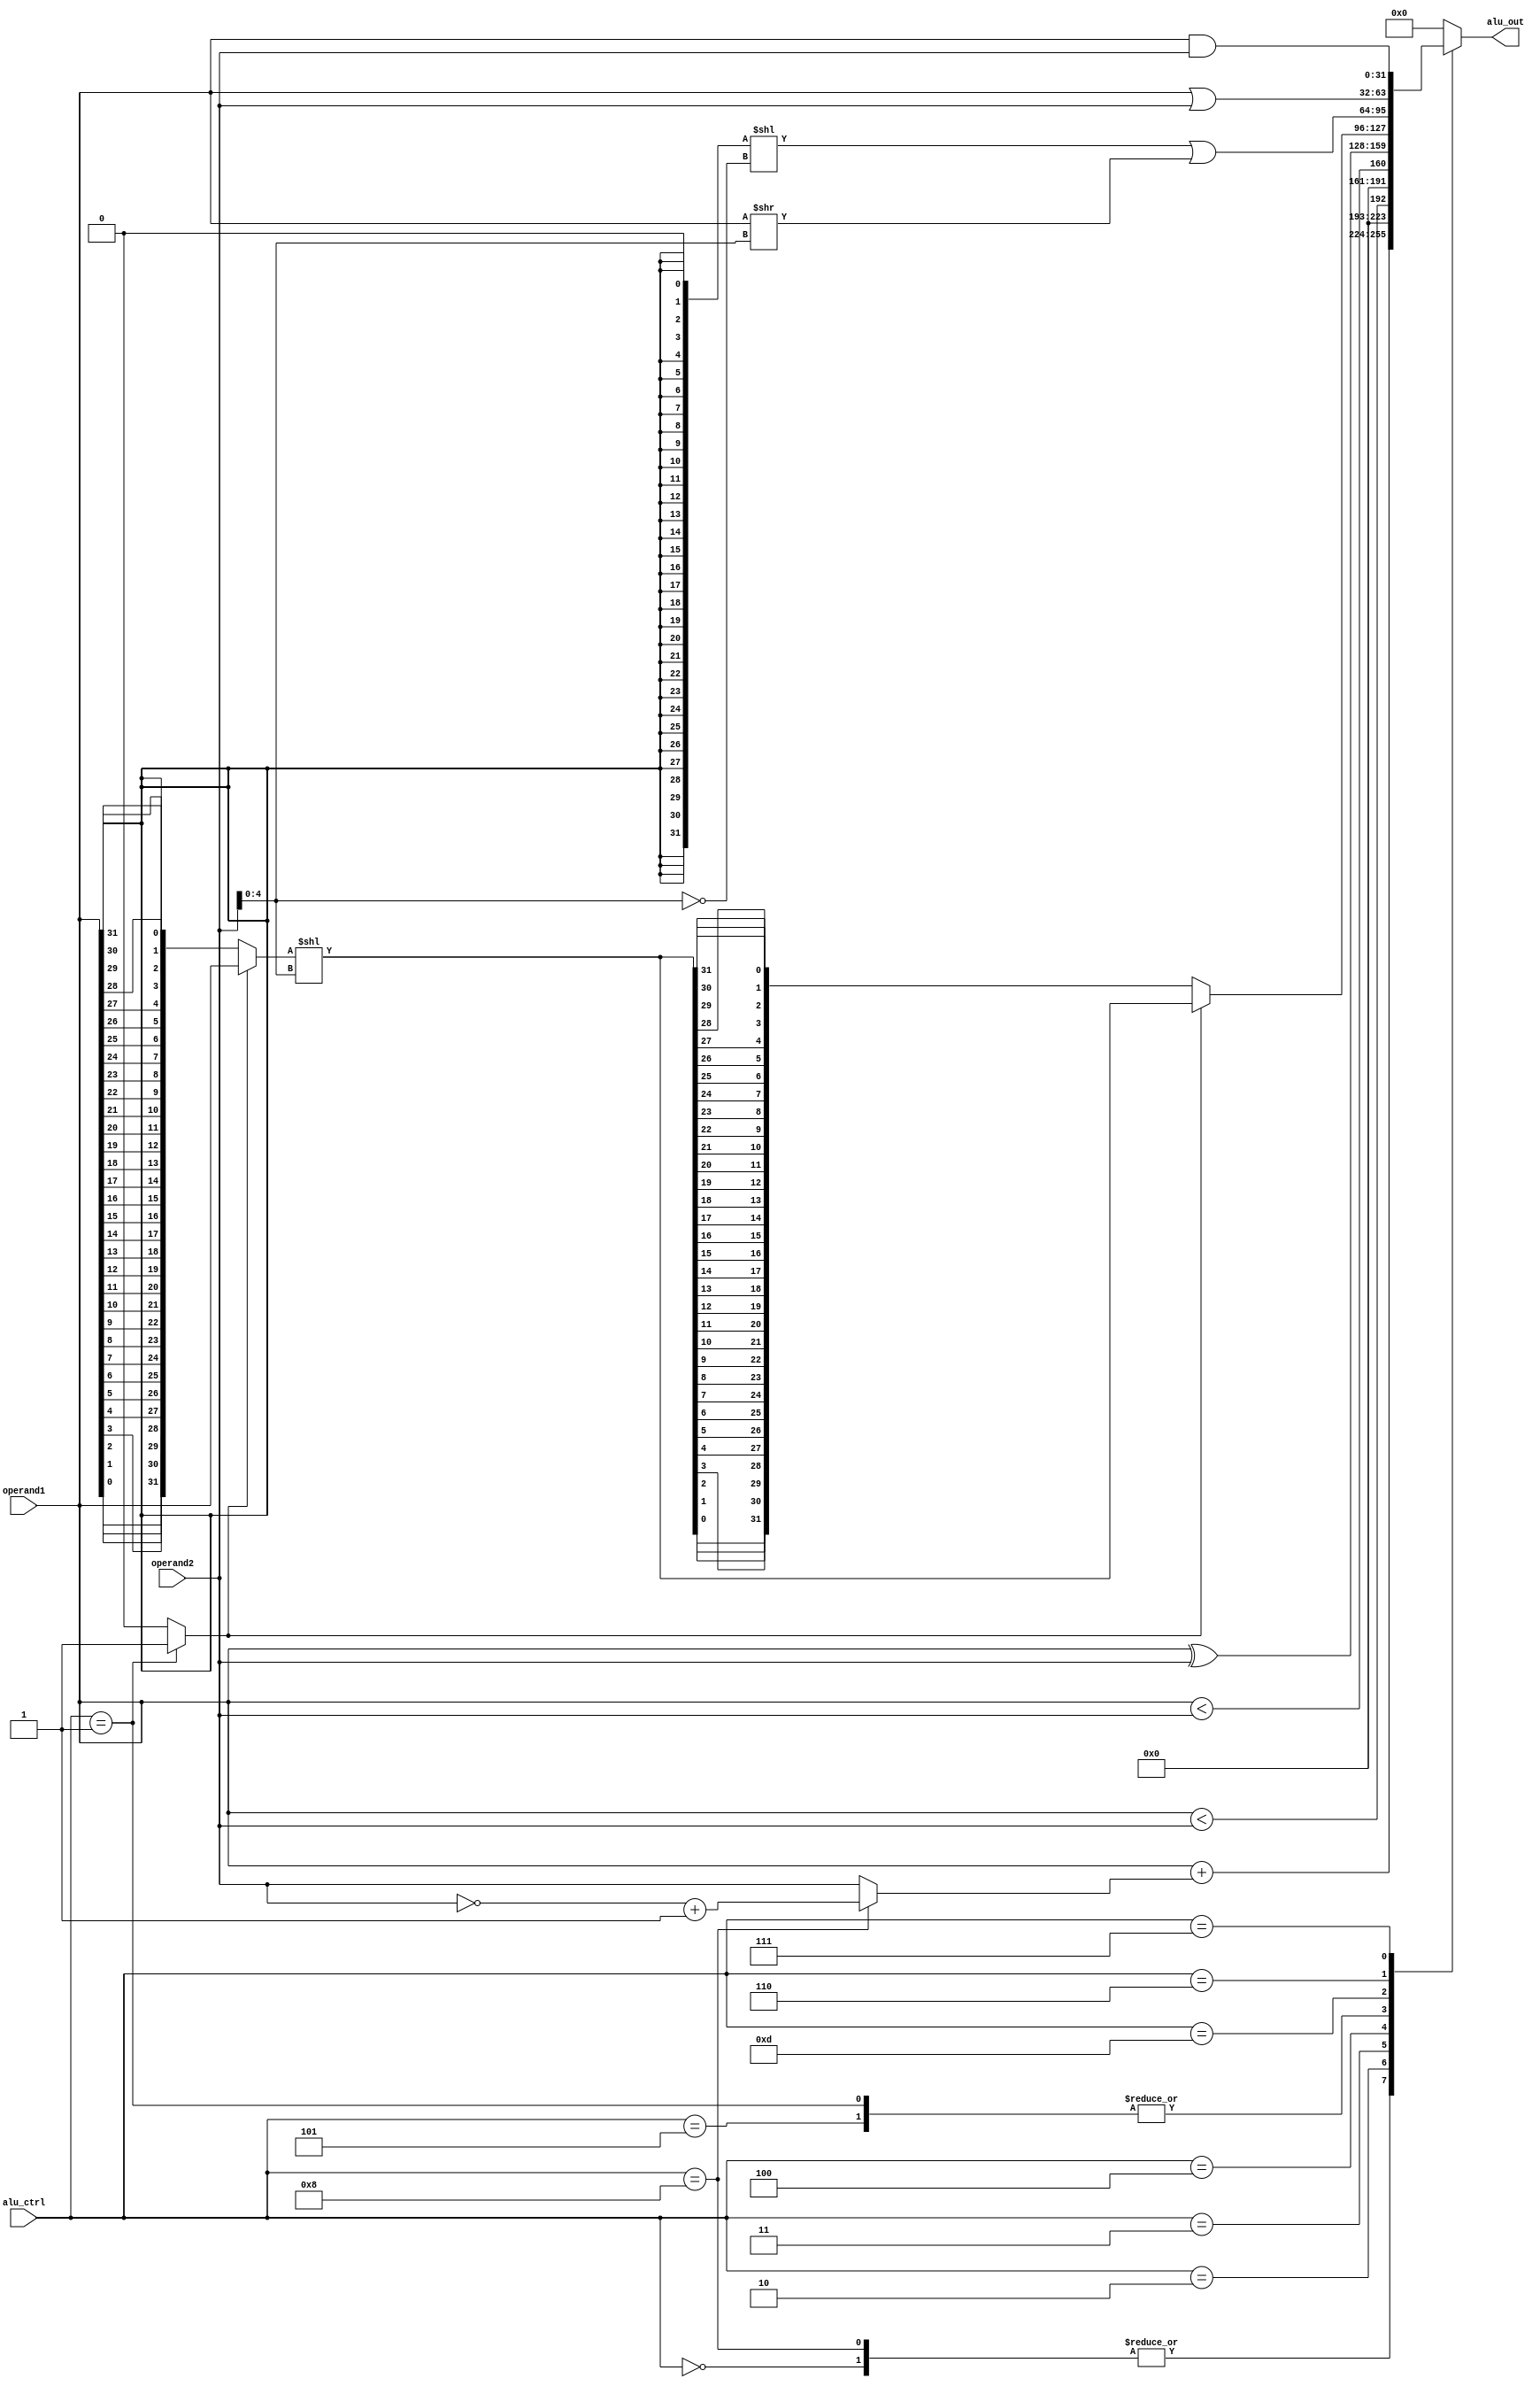
`timescale 1ns / 1ps
//////////////////////////////////////////////////////////////////////////////////
// Company: 
// Engineer: 
// 
// Design Name: 
// Module Name: ALU
// Project Name: 
// Target Devices: 
// Tool Versions: 
// Description: 
// 
// Dependencies: 
// 
// Revision:
// Revision 0.01 - File Created
// Additional Comments:
// 
//////////////////////////////////////////////////////////////////////////////////


module ALU(
    alu_ctrl,
    operand1,
    operand2,
    alu_out
    );
input wire [3:0] alu_ctrl;
input wire [31:0] operand1;
input wire [31:0] operand2;
output reg [31:0] alu_out;


wire        [31:0]  alu_add;
wire        [31:0]  alu_sub;
wire        [31:0]  alu_sll;
wire                less_then;
wire                u_less_then;
wire        [31:0]  alu_xor;
wire        [31:0]  alu_srl;
wire        [31:0]  alu_sra;
wire        [31:0]  alu_or;
wire        [31:0]  alu_and;
wire        [31:0]  shift_out;
wire        [31:0]  add1;
wire        [31:0]  add2;
wire        [31:0]  add_out;
wire                direction; //if direction = 1 -> left rotate, if direction = 0 -> right rotate


assign alu_sll = operand1 << operand2[4:0];
assign less_then = $signed(operand1) < $signed(operand2);
assign u_less_then = operand1 < operand2;
assign alu_xor = operand1 ^ operand2;
assign alu_sra = ({{31{operand1[31]}}, 1'b0} << (~operand2[4:0])) | (operand1 >> operand2[4:0]);
assign alu_or = operand1 | operand2;
assign alu_and = operand1 & operand2;

assign add1 = operand1;
assign add2 = alu_ctrl == 4'b1000 ? (~operand2 + 1'b1) : operand2;
assign add_out = add1 + add2;
assign direction = alu_ctrl == 4'b0001 ? 1'b1 : 1'b0;
    
// shifting 

wire    [4:0]   shift = operand2[4:0];

wire    [31:0]  right_string;
wire    [31:0]  srl_res;
wire	[31:0]	sll_res;
wire	[31:0]	shift_string;



assign right_string = {
                    operand1[0],operand1[1],operand1[2],operand1[3],operand1[4],operand1[5],operand1[6],operand1[7],
                    operand1[8],operand1[9],operand1[10],operand1[11],operand1[12],operand1[13],operand1[14],operand1[15],
                    operand1[16],operand1[17],operand1[18],operand1[19],operand1[20],operand1[21],operand1[22],operand1[23],
                    operand1[24],operand1[25],operand1[26],operand1[27],operand1[28],operand1[29],operand1[30],operand1[31]
                    };

assign shift_string = direction ? operand1 : right_string; 
assign sll_res = shift_string << shift;
assign srl_res = {
               sll_res[0],sll_res[1],sll_res[2],sll_res[3],
               sll_res[4],sll_res[5],sll_res[6],sll_res[7],
               sll_res[8],sll_res[9],sll_res[10],sll_res[11],
               sll_res[12],sll_res[13],sll_res[14],sll_res[15],
               sll_res[16],sll_res[17],sll_res[18],sll_res[19],
               sll_res[20],sll_res[21],sll_res[22],sll_res[23],
               sll_res[24],sll_res[25],sll_res[26],sll_res[27],
               sll_res[28],sll_res[29],sll_res[30],sll_res[31]
               };

assign shift_out = direction ? sll_res : srl_res;
   


always @(*) begin
    case(alu_ctrl)
        4'b0000: alu_out = add_out;
        4'b1000: alu_out = add_out;       
        4'b0001: alu_out = shift_out;       
        4'b0010: alu_out = less_then;
        4'b0011: alu_out = u_less_then;
        4'b0100: alu_out = alu_xor;
        4'b0101: alu_out = shift_out;
        4'b1101: alu_out = alu_sra;
        4'b0110: alu_out = alu_or;
        4'b0111: alu_out = alu_and;
        default: alu_out = 32'd0;
     endcase
        
end
  
    
    
    
endmodule